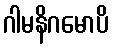
ဂါမနိဂမောပိ